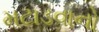
મટાડવાનો